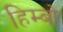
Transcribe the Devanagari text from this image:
हिम्बो